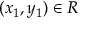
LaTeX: ( x _ { 1 } , y _ { 1 } ) \in R